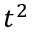
t ^ { 2 }